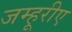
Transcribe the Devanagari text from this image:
जम्हूरीए